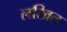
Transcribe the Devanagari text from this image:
लखित